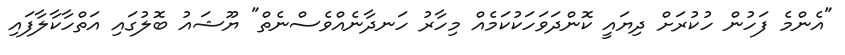
"އެންމެ ފަހުން ހުކުރަށް ދިޔައީ ކޮންދަވަހަކުކަމެއް މިހާރު ހަނދާނެއްވެސްނެތް" ޔޫޝައު ބޮލުގައި އަތްހާކާލާފައި